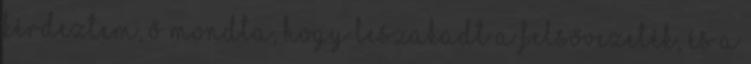
kérdeztem, ő mondta, hogy leszakadt a felsővezeték, és a